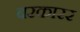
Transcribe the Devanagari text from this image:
बरकारर